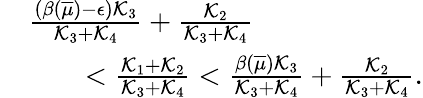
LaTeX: \begin{array}{rl}&{\frac{(\beta(\overline{{\mu}})-{\epsilon}){\mathcal K}_{3}}{{\mathcal K}_{3}+{\mathcal K}_{4}}+\frac{{\mathcal K}_{2}}{{\mathcal K}_{3}+{\mathcal K}_{4}}}\\ &{\qquad<\frac{{\mathcal K}_{1}+{\mathcal K}_{2}}{{\mathcal K}_{3}+{\mathcal K}_{4}}<\frac{\beta(\overline{{\mu}}){\mathcal K}_{3}}{{\mathcal K}_{3}+{\mathcal K}_{4}}+\frac{{\mathcal K}_{2}}{{\mathcal K}_{3}+{\mathcal K}_{4}}.}\end{array}